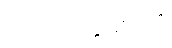
ဘောလုံးပွဲများကို